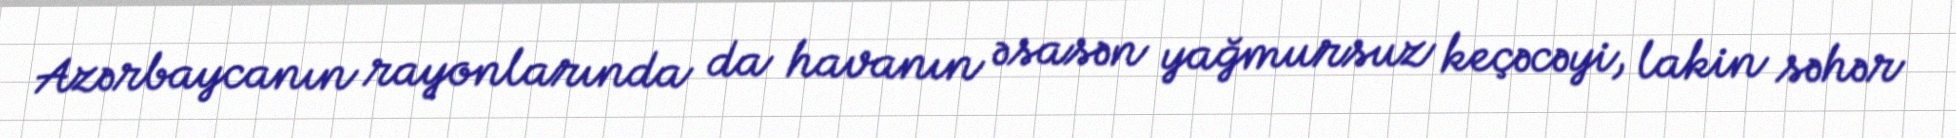
Azərbaycanın rayonlarında da havanın əsasən yağmursuz keçəcəyi, lakin səhər